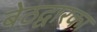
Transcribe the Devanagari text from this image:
बेठद्वारका